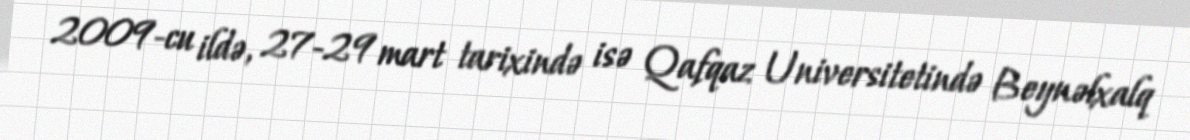
2009-cu ildə, 27-29 mart tarixində isə Qafqaz Universitetində Beynəlxalq